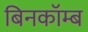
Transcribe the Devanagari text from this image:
बिनकॉम्ब